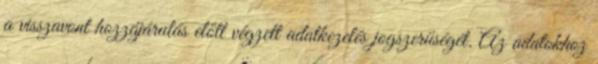
a visszavont hozzájárulás előtt végzett adatkezelés jogszerűségét. Az adatokhoz